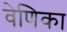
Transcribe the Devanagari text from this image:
वेणिका